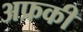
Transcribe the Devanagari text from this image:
अफ्रकी